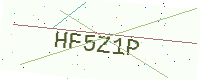
Text: HF5Z1P